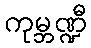
ကုမ္ဘဏ္ဍီ